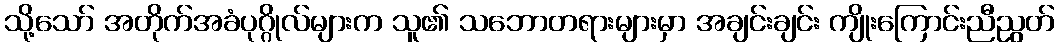
သို့သော် အတိုက်အခံပုဂ္ဂိုလ်များက သူ၏ သဘောတရားများမှာ အချင်းချင်း ကျိုးကြောင်းညီညွတ်